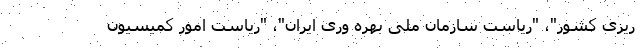
ریزی کشور"، "ریاست سازمان ملی بهره وری ایران"، "ریاست امور کمیسیون